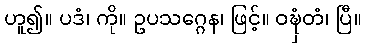
ဟူ၍။ ပဒံ၊ ကို။ ဥပသဂ္ဂေန၊ ဖြင့်။ ဝဍ္ဎှံတံ၊ ပြီ။